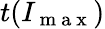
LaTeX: t(I_{\mathrm{~m~a~x~}})